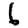
Digit: 6